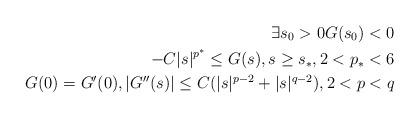
LaTeX: \begin{align*}\exists s_0 > 0 G(s_0) < 0\\-C|s|^{p^*}\leq G(s),s\geq s_*,2 < p_* < 6\\G(0) = G'(0),|G''(s)|\leq C(|s|^{p - 2} + |s|^{q - 2}),2 < p < q\end{align*}